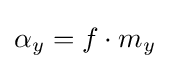
\alpha _{y}=f\cdot m_{y}